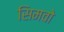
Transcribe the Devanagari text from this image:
सिमवो